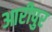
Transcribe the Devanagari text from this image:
आरीपुर